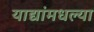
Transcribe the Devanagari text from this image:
याद्यांमधल्या